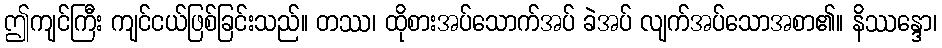
ဤကျင်ကြီး ကျင်ငယ်ဖြစ်ခြင်းသည်။ တဿ၊ ထိုစားအပ်သောက်အပ် ခဲအပ် လျက်အပ်သောအစာ၏။ နိဿန္ဒော၊